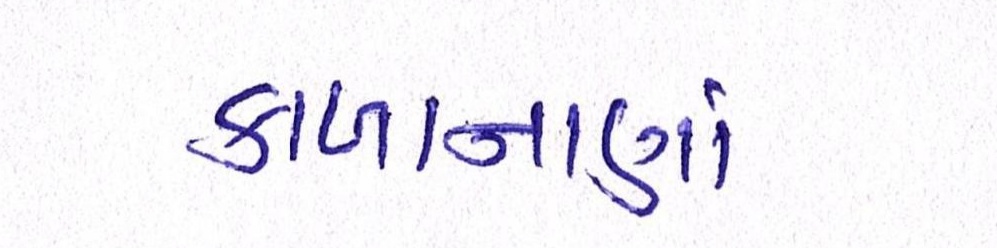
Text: કાળાનાણાં